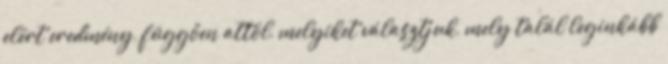
elért eredmény, függően attól, melyiket választjuk, mely talál leginkább